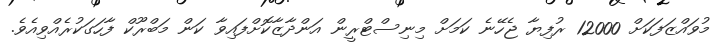
މުވައްޒަފަކަށް 12000 ރުފިޔާ ޖެހޭނެ ކަމަށް މިނިސްޓްރީން އަންދާޒާކޮށްފައިވާ ކަން މަބްރޫކް ފާހަގަކުރެއްވިއެވެ.